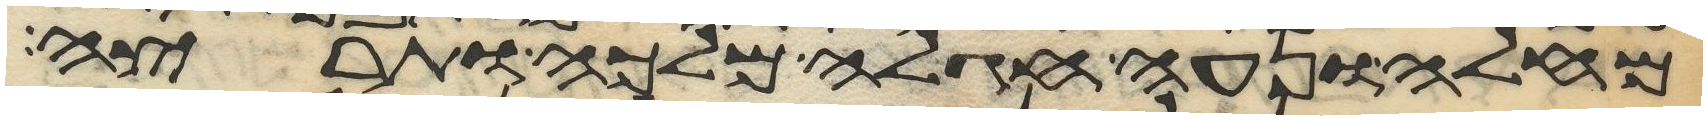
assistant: מחלה ונעה חגלה מלכה ותרצה